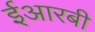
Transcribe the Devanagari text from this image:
ईआरबी